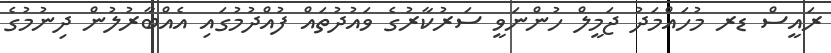
ރައީސް ޑރ މުހައްމަދު ޖަމީލް ހުންނަވީ ސަރުކާރުގެ ވައުދުތައް ފުއްދުމުގައި އެއްބާރުލުން ދިނުމުގެ